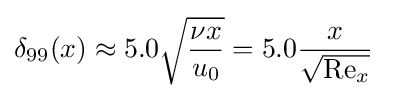
\delta _{99}(x)\approx 5.0{\sqrt {{\nu x} \over u_{0}}}=5.0{x \over {\sqrt {\mathrm {Re} _{x}}}}\quad